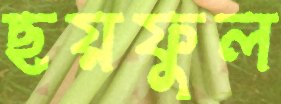
ছয়ফুল